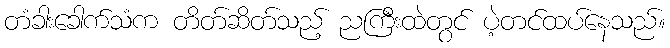
တံခါးခေါက်သံက တိတ်ဆိတ်သည့် ညကြီးထဲတွင် ပဲ့တင်ထပ်နေသည်။